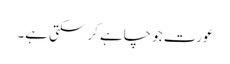
عورت جو چاہے کر سکتی ہے۔